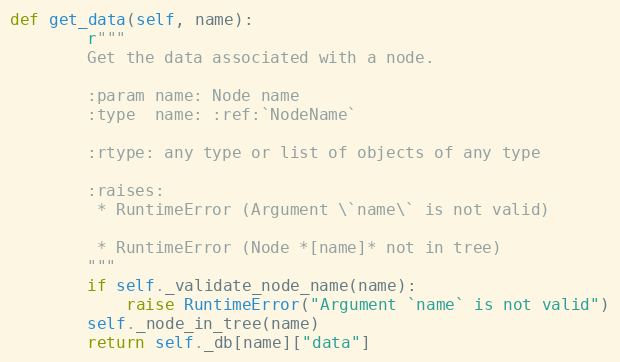
Language: Python
def get_data(self, name):
        r"""
        Get the data associated with a node.

        :param name: Node name
        :type  name: :ref:`NodeName`

        :rtype: any type or list of objects of any type

        :raises:
         * RuntimeError (Argument \`name\` is not valid)

         * RuntimeError (Node *[name]* not in tree)
        """
        if self._validate_node_name(name):
            raise RuntimeError("Argument `name` is not valid")
        self._node_in_tree(name)
        return self._db[name]["data"]